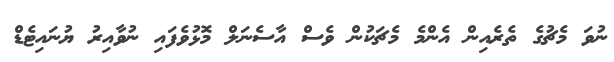
ނުވަ މެޗުގެ ތެރެއިން އެންމެ މެޗަކުން ވެސް އާސެނަލް މޮޅުވެފައި ނުވާއިރު ޔުނައިޓެޑް